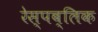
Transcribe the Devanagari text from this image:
रेस्पब्लिक